Leprosy in India: report of the Leprosy Commission in India, 1890-91
Year: 1890
Disease focus: Leprosy
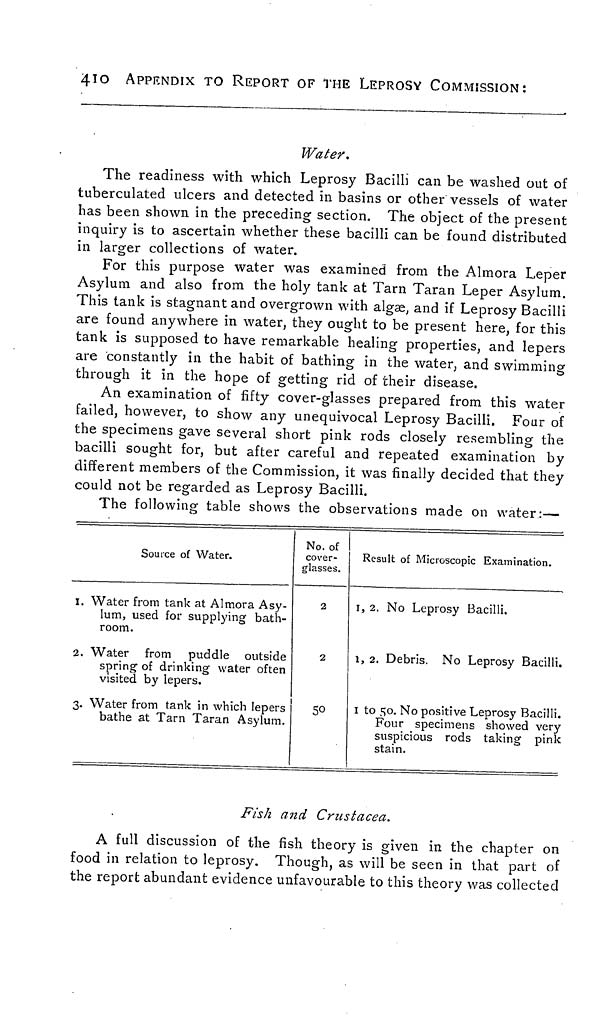
410
APPENDIX TO REPORT OF THE LEPROSY COMMISSION:
Water.
The readiness with which Leprosy Bacilli can be washed out of
tuberculated ulcers and detected in basins or other vessels of water
has been shown in the preceding section. The object of the present
inquiry is to ascertain whether these bacilli can be found distributed
in larger collections of water.
For this purpose water was examined from the Almora Leper
Asylum and also from the holy tank at Tarn Taran Leper Asylum.
This tank is stagnant and overgrown with alga2, and if Leprosy Bacilli
are found anywhere in water, they ought to be present here, for this
tank is supposed to have remarkable healing properties, and lepers
are constantly in the habit of bathing in the water, and swimming
through it in the hope of getting rid of their disease.
An examination of fifty cover-glasses prepared from this water
failed, however, to show any unequivocal Leprosy Bacilli. Four of
the specimens gave several short pink rods closely resembling the
bacilli sought for, but after careful and repeated examination by
different members of the Commission, it was finally decided that they
could not be regarded as Leprosy Bacilli.
The following table shows the observations made on water:—
Source of Water.
I. Water from tank at Almora Asy-
lum, used for supplying bath-
room.
2. Water from puddle outside
spring of drinking water often
visited by lepers.
3. Water from tank in which lepers
bathe at Tarn Taran Asylum.
No. of
cover-
glasses.
2
2
Result of Microscopic Examination.
1, 2. No Leprosy Bacilli.
1, 2. Debris. No Leprosy Bacilli.
1 to 50. No positive Leprosy Bacilli.
Four specimens showed very
suspicious rods taking pink
stain.
Fish and Crustacea.
A full discussion of the fish theory is given in the chapter on
food in relation to leprosy. Though, as will be seen in that part of
the report abundant evidence unfavourable to this theory was collected